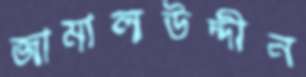
জামালউদ্দীন